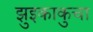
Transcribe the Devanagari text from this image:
झुइकाकुचा